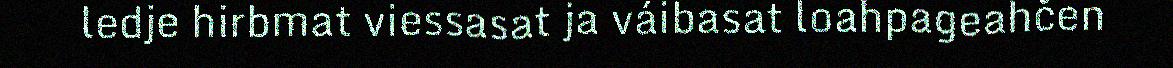
ledje hirbmat viessasat ja váibasat loahpageahčen